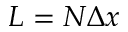
L = N \Delta x